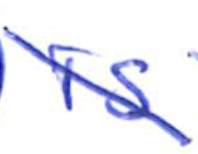
Text: is
Cross-out: diagonal
Writing tool: ballpoint